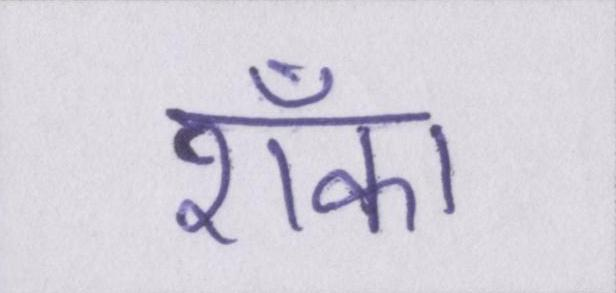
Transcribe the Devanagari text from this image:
शँका